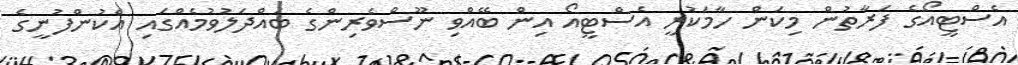
އެސްޓީއޯގެ ފަރާތުން މިކަން ހާމަކުރީ އެސްޓީއޯ އިން ބޭއްވި ނޫސްވެރިންގެ ބައްދަލުވުމެއްގައި އެކުންފުނީގެ